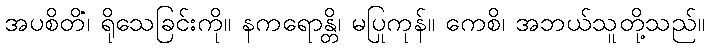
အပစိတိံ၊ ရိုသေခြင်းကို။ နကရောန္တိ၊ မပြုကုန်။ ကေစိ၊ အဘယ်သူတို့သည်။